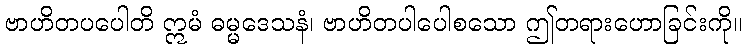
ဗာဟိတပပေါတိ ဣမံ ဓမ္မဒေသနံ၊ ဗာဟိတပါပေါစသော ဤတရားဟောခြင်းကို။